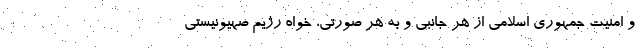
و امنیت جمهوری اسلامی از هر جانبی و به هر صورتی، خواه رژیم صهیونیستی